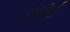
સબોધી